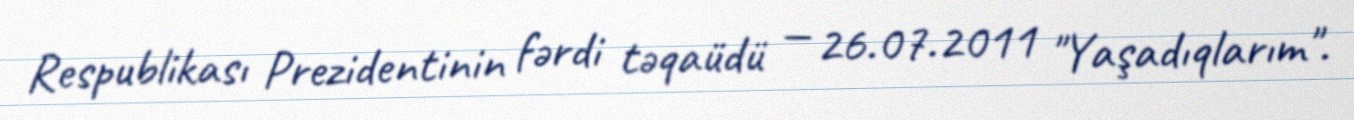
Respublikası Prezidentinin fərdi təqaüdü — 26.07.2011 "Yaşadıqlarım".